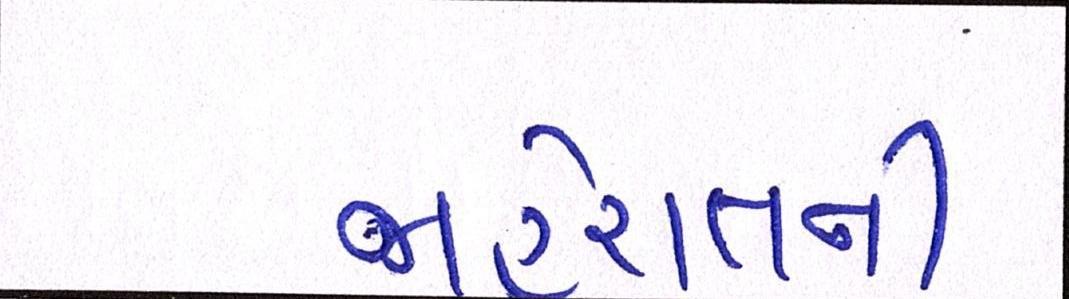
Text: જાહેરાતની